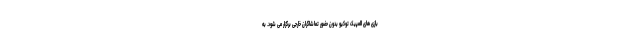
بازی های المپیک توکیو بدون حضور تماشاگران خارجی برگزار می شود. به